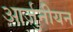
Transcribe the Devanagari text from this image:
आर्जुनीयन